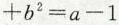
$$+b^{2}=a-1$$